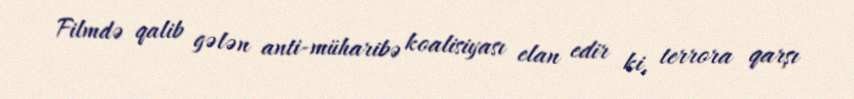
Filmdə qalib gələn anti-müharibə koalisiyası elan edir ki, terrora qarşı